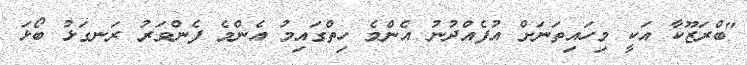
"ބްރަޒޫކާ އަކީ މިހައިތަނަށް އުފެއްދުނު އެންމެ ހިތްގައިމު އެންމެ ފެންވަރު ރަނގަޅު ބޯޅަ